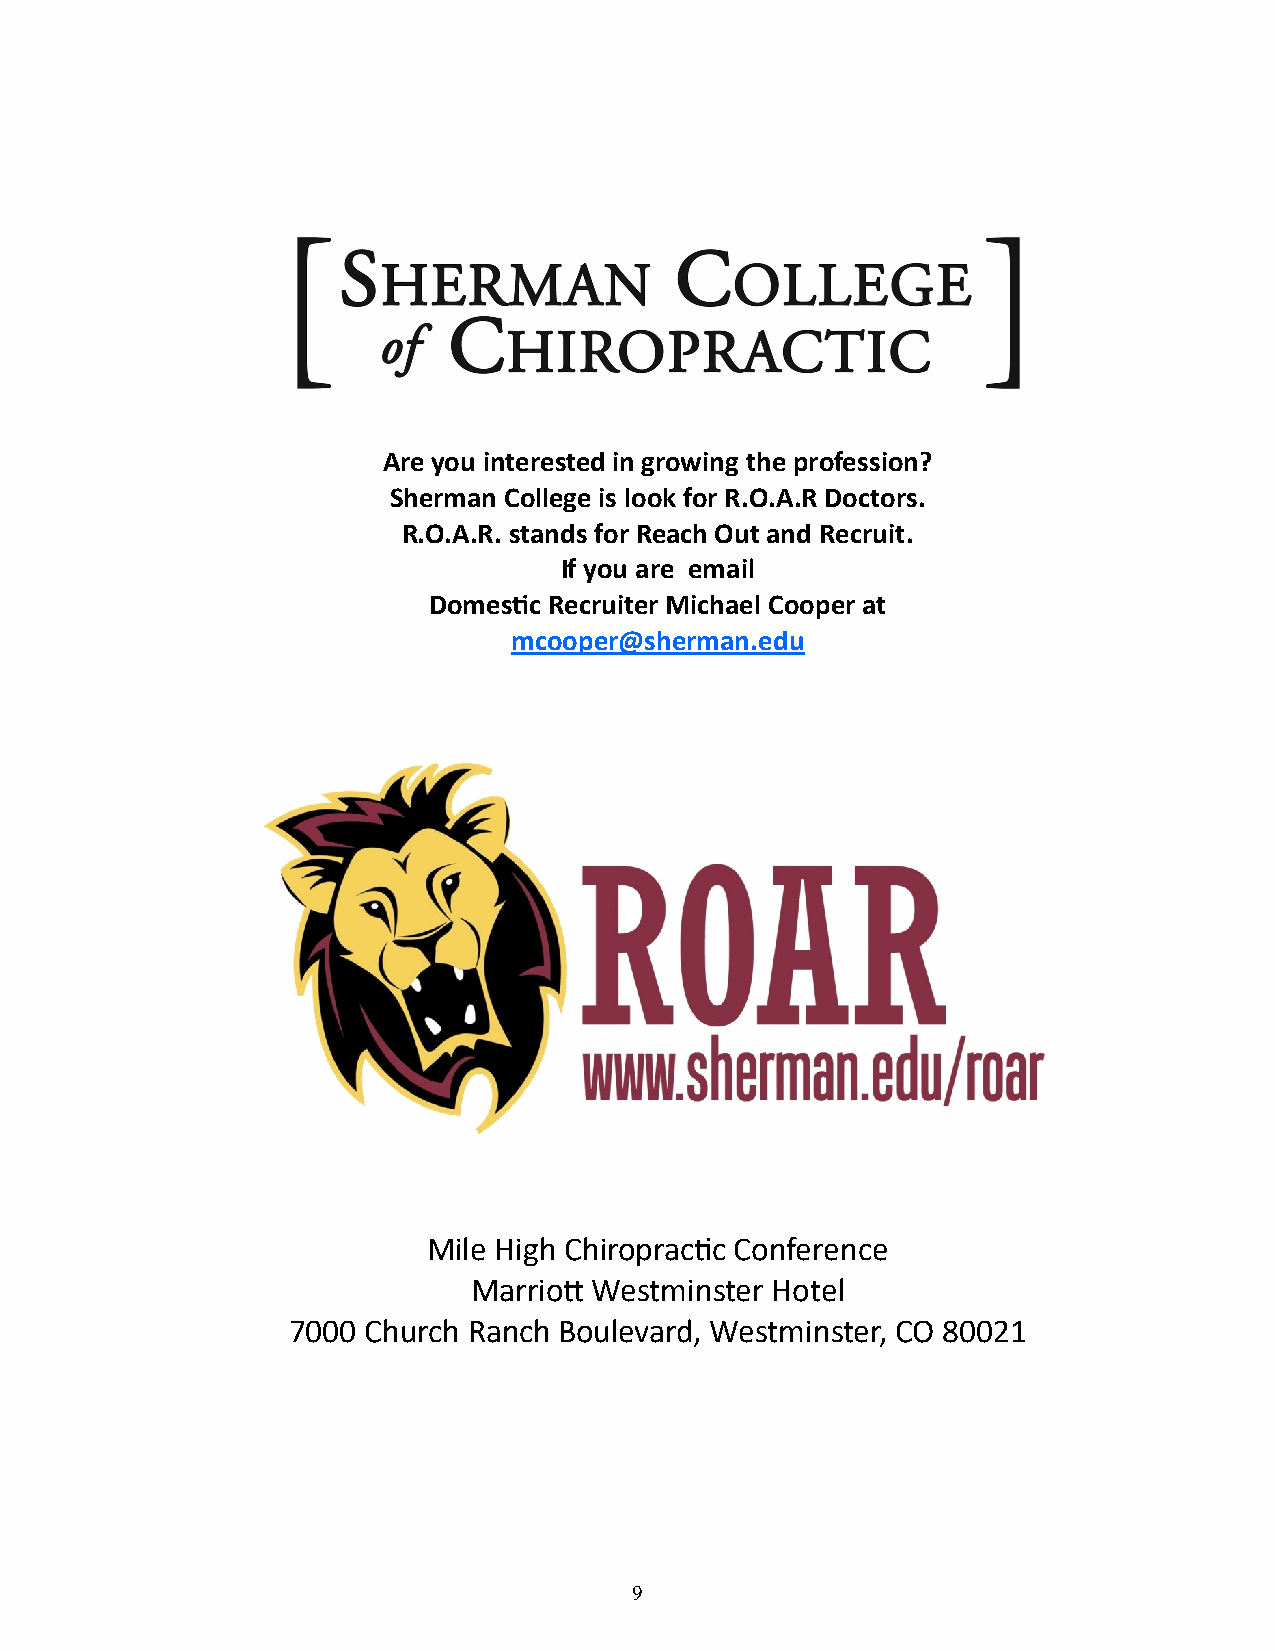
Are you interested in growing the profession?
 Sherman College is look for R.O.A.R Doctors.
 R.O.A.R. stands for Reach Out and Recruit.
 If you are email
 Domestic Recruiter Michael Cooper at
 mcooper@sherman.edu
 Mile High Chiropractic Conference
 Marriott Westminster Hotel
 7000 Church Ranch Boulevard, Westminster, CO 80021
 9